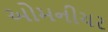
ઓમનીચર